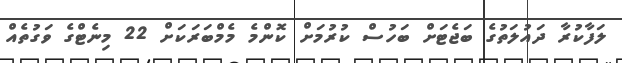
ލަފާކުރާ ދައުލަތުގެ ބަޖެޓަށް ބަހުސް ކުރުމަށް ކޮންމެ މެމްބަރަކަށް 22 މިނެޓްގެ ވަގުތެއް